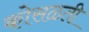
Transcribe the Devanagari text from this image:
कोसळती